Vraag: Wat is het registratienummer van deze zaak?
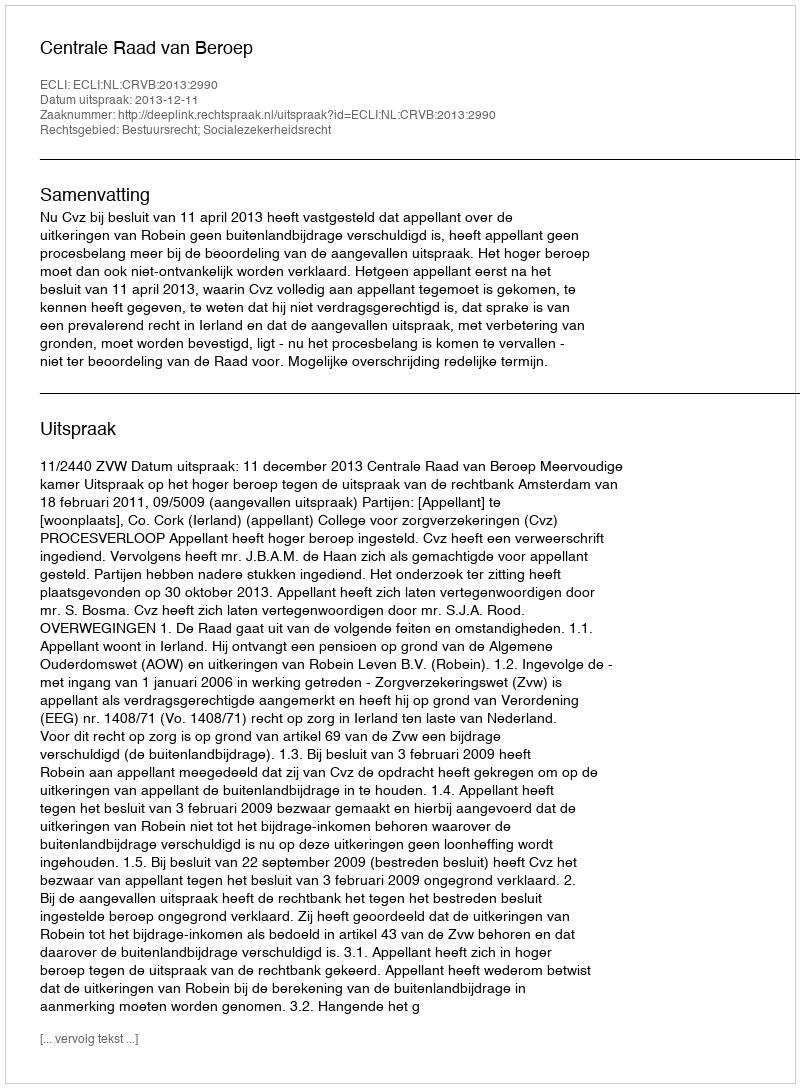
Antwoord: http://deeplink.rechtspraak.nl/uitspraak?id=ECLI:NL:CRVB:2013:2990